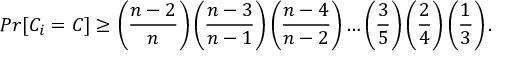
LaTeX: P r [ C _ { i } = C ] \geq \left( { \frac { n - 2 } { n } } \right) \left( { \frac { n - 3 } { n - 1 } } \right) \left( { \frac { n - 4 } { n - 2 } } \right) \ldots \left( { \frac { 3 } { 5 } } \right) \left( { \frac { 2 } { 4 } } \right) \left( { \frac { 1 } { 3 } } \right) .